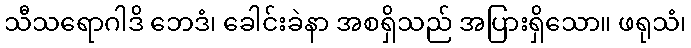
သီသရောဂါဒိ ဘေဒံ၊ ခေါင်းခဲနာ အစရှိသည် အပြားရှိသော။ ဖရုသံ၊